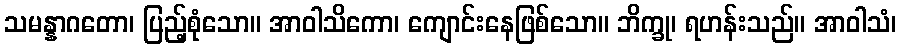
သမန္နာဂတော၊ ပြည့်စုံသော။ အာဝါသိကော၊ ကျောင်းနေဖြစ်သော။ ဘိက္ခု၊ ရဟန်းသည်။ အာဝါသံ၊